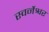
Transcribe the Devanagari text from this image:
स्वर्नेश्वर